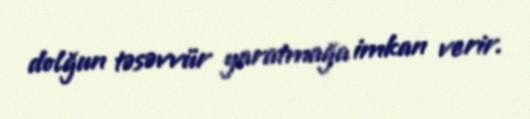
dolğun təsəvvür yaratmağa imkan verir.